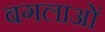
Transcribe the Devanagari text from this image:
बगलाओं